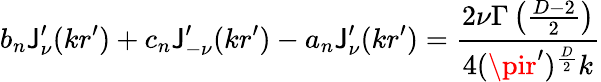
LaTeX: b_{n}\mathsf{J}_{\nu}^{\prime}(kr^{\prime})+c_{n}\mathsf{J}_{-\nu}^{\prime}(kr^{\prime})-a_{n}\mathsf{J}_{\nu}^{\prime}(kr^{\prime})={\frac{{2\nu\Gamma\left({\frac{{D-2}}{{2}}}\right)}}{{4(\pir^{\prime})^{\frac{{D}}{{2}}}k}}}